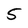
Character: 5